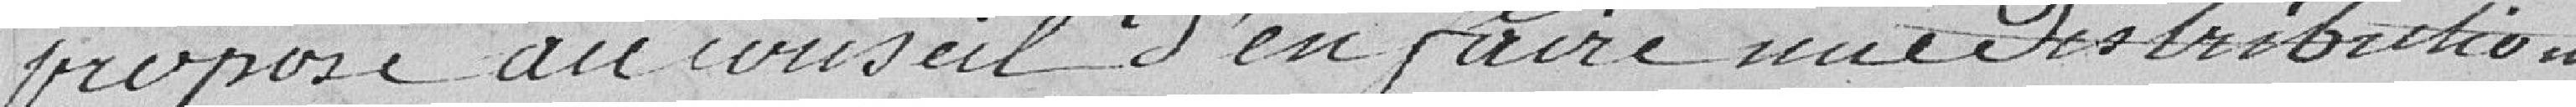
propose au Conseil d'en faire une distribution